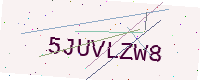
Text: 5JUVLZW8